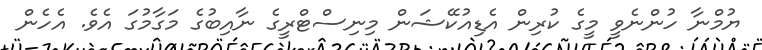
ޔުމްނާ ހުންނެވީ މީގެ ކުރިން އެޑިއުކޭޝަން މިނިސްޓްރީގެ ނާއިބުގެ މަގާމުގަ އެވެ. އެހެން